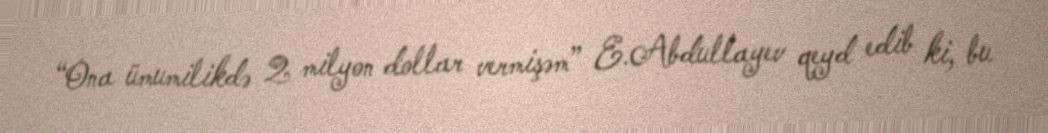
“Ona ümumilikdə 2 milyon dollar vermişəm” E.Abdullayev qeyd edib ki, bu